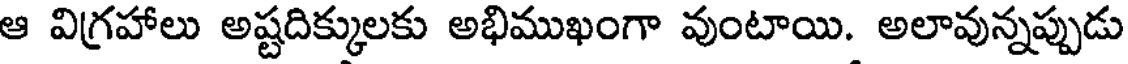
ఆ విగ్రహాలు అష్టదిక్కులకు అభిముఖంగా వుంటాయి. అలావున్నప్పుడు